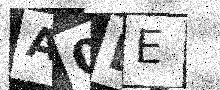
Text: A0EE